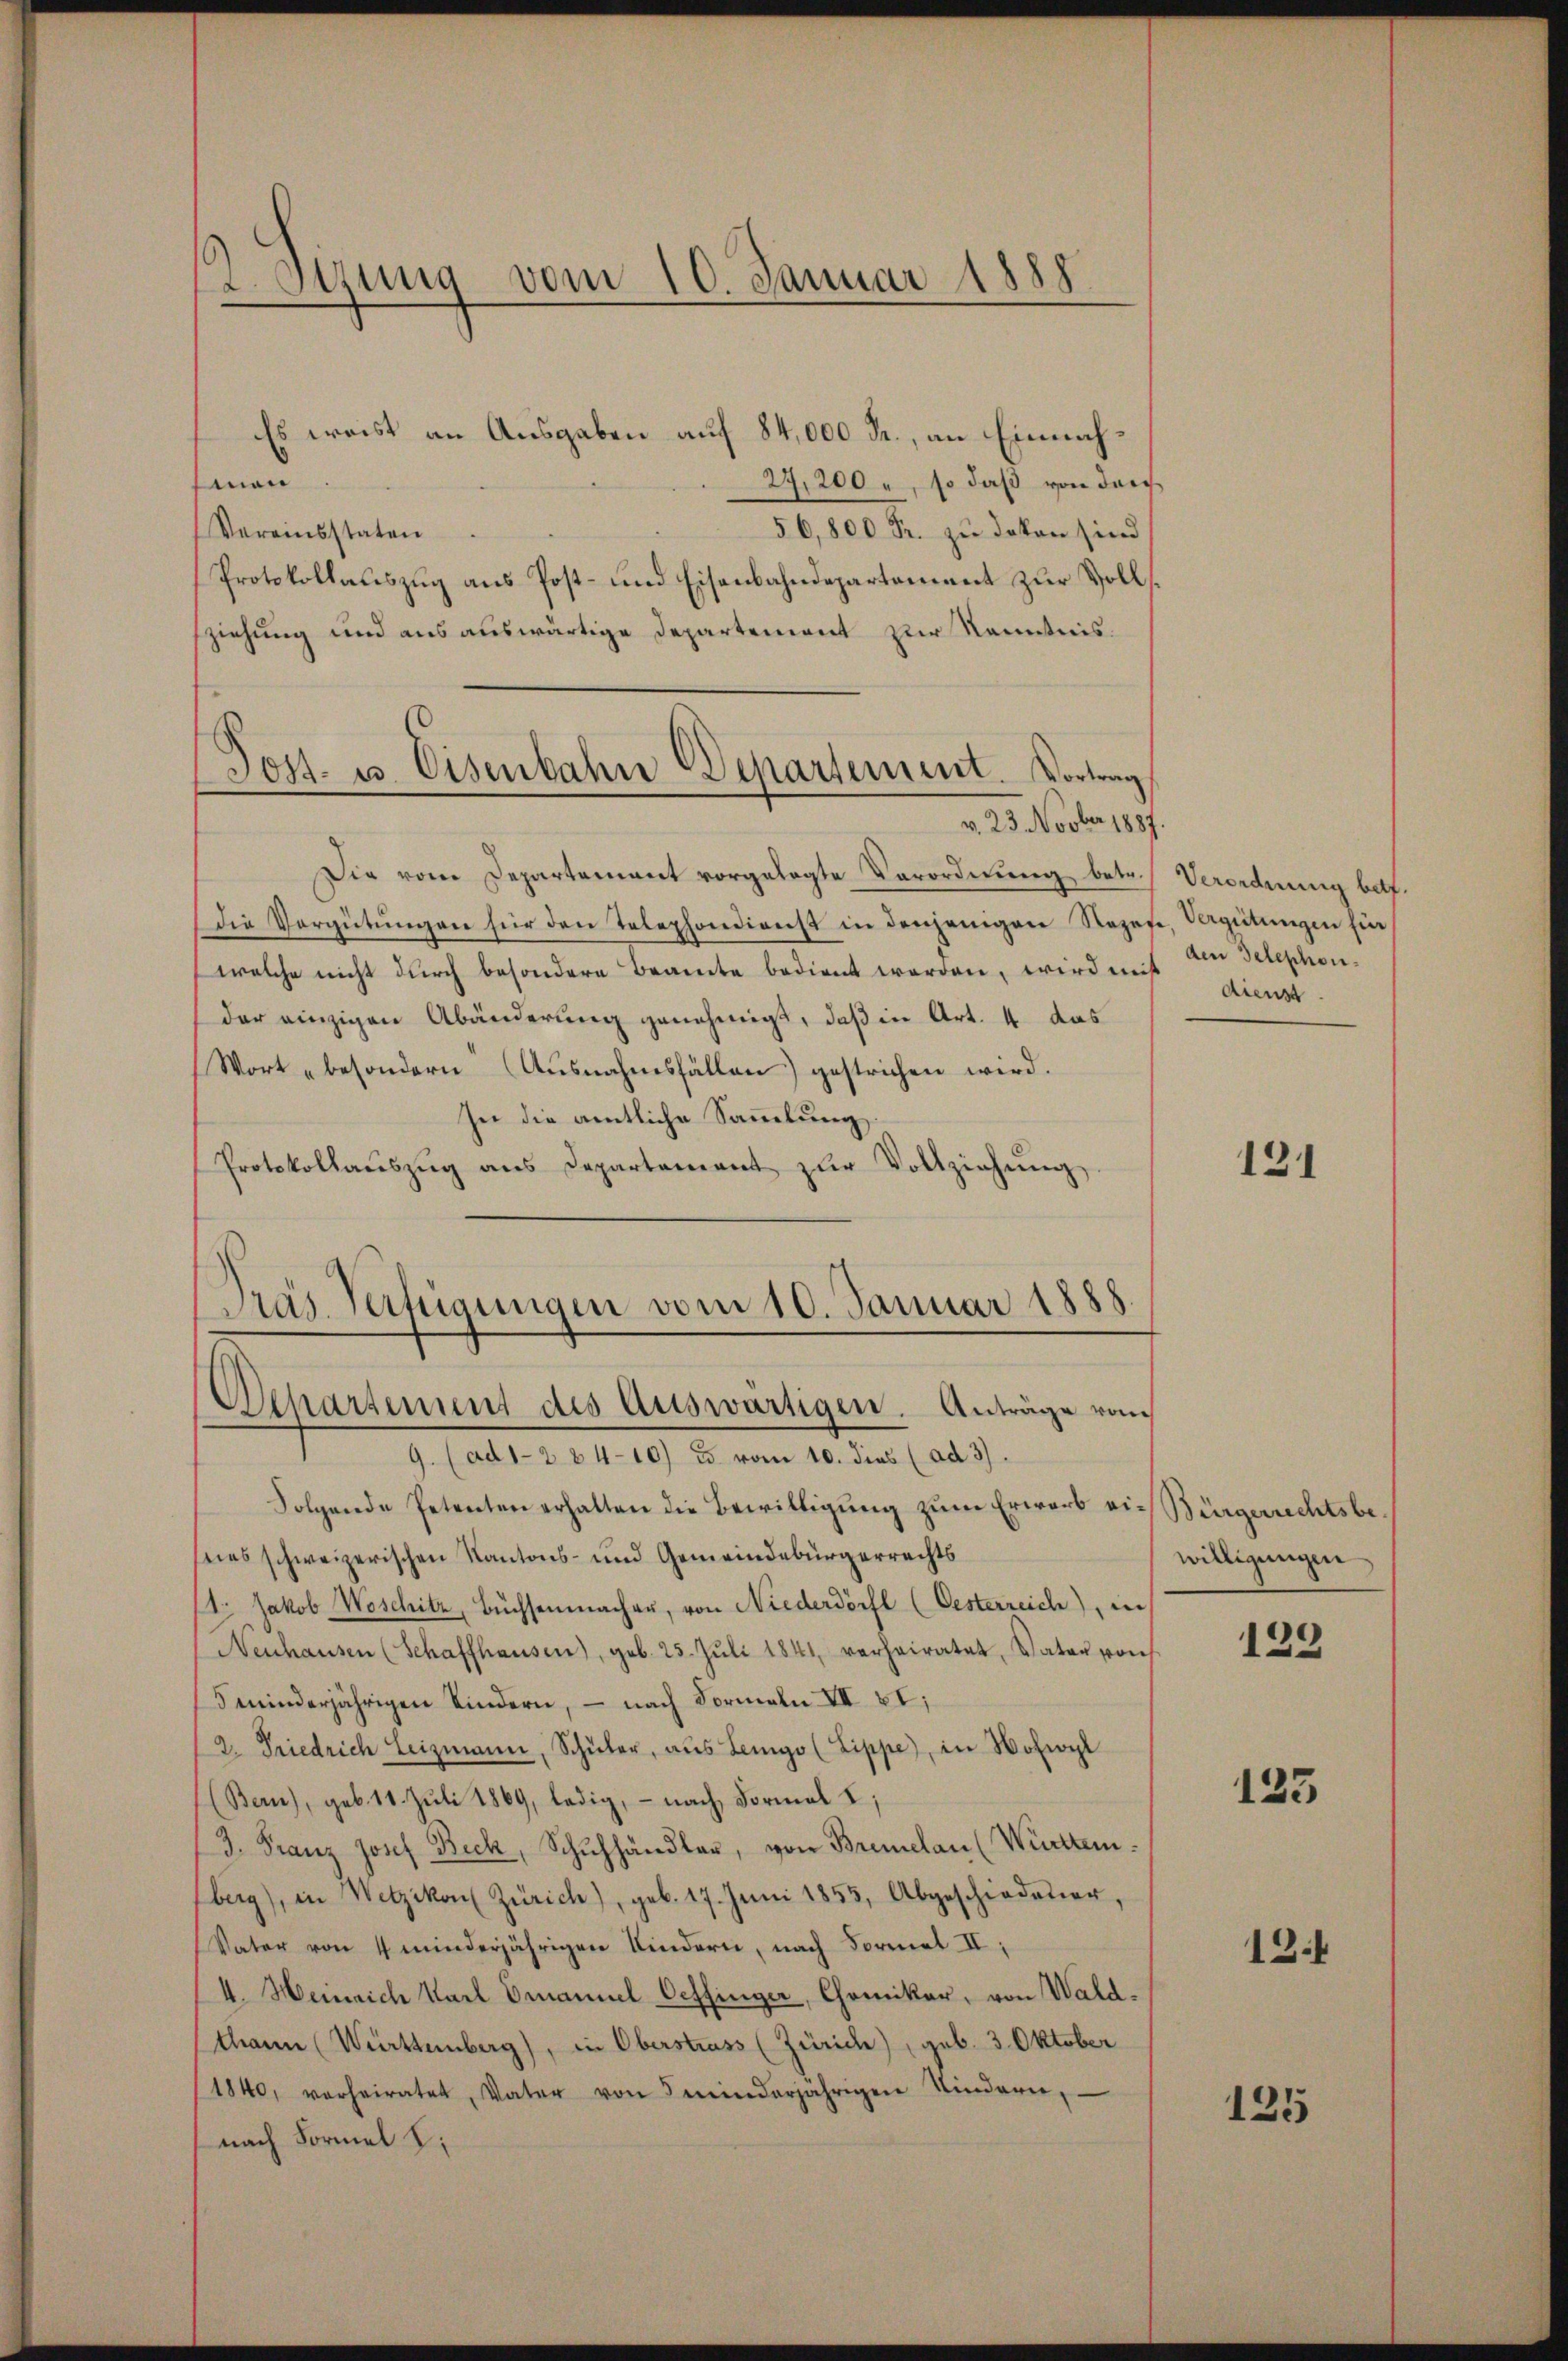
2. Strung vom 10. Januar 1888.
—

Es weist an Ausgaben auf 84,000 R., an Einnahmen
27,200, so daß von darf
Vereinsstaten
56,800 Fr. zu davon sind
Protokollauszug aus Post- und Eisenbahndepartement zur Vollssziehung und aus auswärtige Departement zur Kenntnis.
v. 23. Novber 1887.
Die vom Departement vorgelegte Verordnung, betr.
Die Vergütŭngen für den Telephondienst in denjenigen Rezes, Vergütungen für
welche nicht durch besondere Beamte bedient worden, wird mit dienst
der einzigen Abänderung genehmigt, daß in Art. 4 das
Wort „besondern (Ausnahmsfällen) gestrichen wird.
In die amtliche Sammlung,
Protokollaŭszŭg ans Departement zŭr Vollziehŭng
Präs. Verfügungen vom 10. Januar 1888.
Separtement des Auswärtigen. Anträge vom
9. (ad 1-2 84-10) es vom 10. dies (ad 3).
Folgende Petenten erhalten die Bewilligung zum Erwarb vi-Bürgerrechtsbeseies schweizerischen Kantons- und Gemeindebürgerrechts
11. Jakob Woschitz, Büchsenmacher, von Niederdörfl (Oesterreich), in
Neuhausen (Schaffhausen), geb. 25. Jŭli 1841 verheiratet, Vater von
5 minderjährigen Kindern, – nach Formeln VII VI;
2. Friedrich Leizmann, Schüler, aŭs Leigo (Lippe), in Wohwyl
(Bern), geb. 11. Juli 1869, ledig, – nach Formal 2;
3. Franz Josef Beck, Schŭhhändler, von Briclau (Württem.
berg), in Wetzikon Zürich), geb. 17. Juni 1855, Abgeschiedener,
Vater von 4 minderjährigen Kindern, nach Formel II:
4. Heinrich Karl Emanuel Oeffinger, Chomiker, von Wald¬
Thann (Württemberg), in Oberstrass (Zürich), geb. 3. Oktober
1840, verheiratet, Vater von minderjährigen Kindern,
nach Formel K

¬

Jos- u. Eisenbahne Departement. Vortrag

Verordnung betr.
den Telephon¬

131

willigungen

139

125

13.4

125